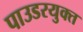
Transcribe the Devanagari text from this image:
पाउडरयुक्त